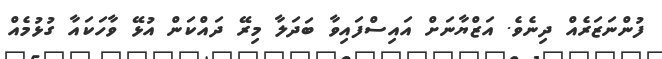
ފުންނަޒަރެއް ދިނެވެ. އަޒްޔާނަށް އައިސްފައިވާ ބަދަލާ މިރޭ ދައްކަން އުޅޭ ވާހަކައާ ގުޅުމެއް